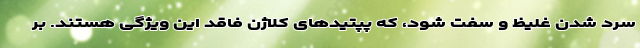
سرد شدن غلیظ و سفت شود، که پپتیدهای کلاژن فاقد این ویژگی هستند. بر